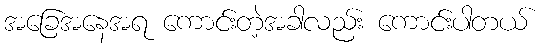
အခြေအနေအရ ကောင်းတဲ့အခါလည်း ကောင်းပါတယ်